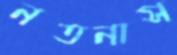
নতনাস